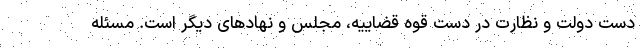
دست دولت و نظارت در دست قوه قضاییه، مجلس و نهادهای دیگر است. مسئله